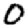
Digit: 0